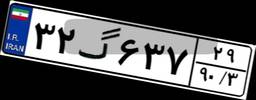
۳۲گ۴۶۳۳۶